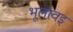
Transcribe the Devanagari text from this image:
भूलावइ